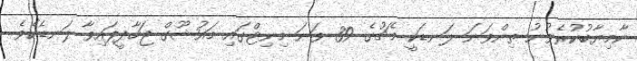
ކާމިޔާބުކުރެވުނު ތިންވަނަ ލަނޑަކީ މެޗުގެ 39 ވަނަ މިނިޓްގައި މައުޝޫގް ޖަހާދީފައިވާ ލަނޑެކެވެ